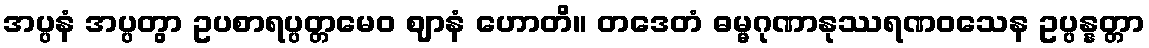
အပ္ပနံ အပ္ပတွာ ဥပစာရပ္ပတ္တမေဝ ဈာနံ ဟောတိ။ တဒေတံ ဓမ္မဂုဏာနုဿရဏဝသေန ဥပ္ပန္နတ္တာ